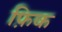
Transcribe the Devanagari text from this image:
फ़िक